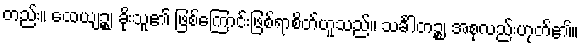
တည်း။ ထေယျဉ္စ၊ ခိုးသူ၏ ဖြစ်ကြောင်းဖြစ်ရာစိတ်ဟူသည်။ သင်္ခါတဉ္စ၊ အစုလည်းဟုတ်၏။